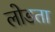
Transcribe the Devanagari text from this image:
लोडता